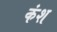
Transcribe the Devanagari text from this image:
कंश